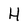
Character: H